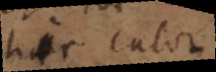
hic calor